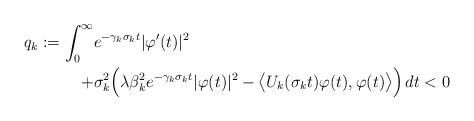
LaTeX: \begin{align*}q_k:= \int_{0}^{\infty}&e^{-\gamma_k \sigma_k t} |\varphi'(t)|^2\\+& \sigma_k^2 \Bigl(\lambda \beta_k^2 e^{-\gamma_k \sigma_k t}|\varphi(t)|^2 - \bigl \langle U_k(\sigma_k t) \varphi(t),\varphi(t)\bigr \rangle\Bigr)\,dt <0\end{align*}